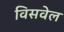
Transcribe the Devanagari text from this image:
विसवेल